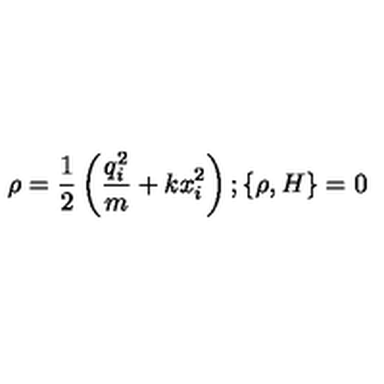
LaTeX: \rho = \frac { 1 } { 2 } \left( \frac { q _ { i } ^ { 2 } } { m } + k x _ { i } ^ { 2 } \right) ; \{ \rho , H \} = 0